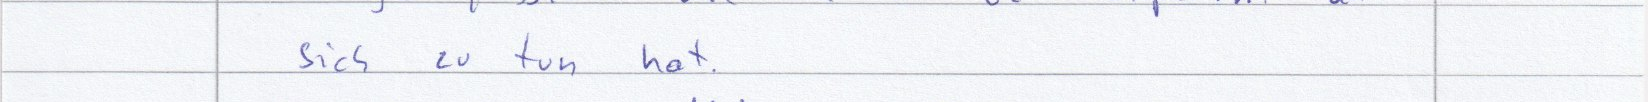
sich zu tun hat.